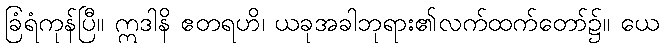
ခြံရံကုန်ပြီ။ ဣဒါနိ ဧတရဟိ၊ ယခုအခါဘုရား၏လက်ထက်တော်၌။ ယေ